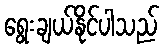
ရွေးချယ်နိုင်ပါသည်